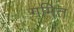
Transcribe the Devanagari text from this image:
गमित